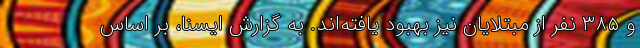
و ۳۸۵ نفر از مبتلایان نیز بهبود یافته‌اند. به گزارش ایسنا، بر اساس